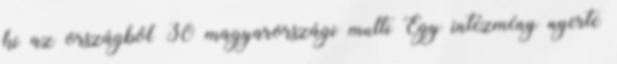
ki az országból 30 magyarországi multi Egy intézmény nyerte